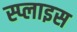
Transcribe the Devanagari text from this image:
स्प्लाइस